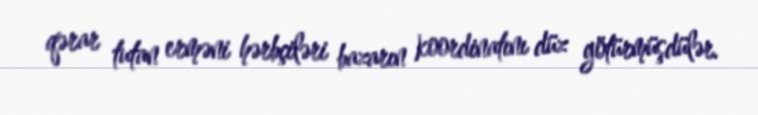
qərar tutan erməni hərbçiləri bazarın koordinatını düz götürmüşdülər.